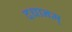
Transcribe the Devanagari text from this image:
दधानम्‌